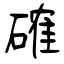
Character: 確